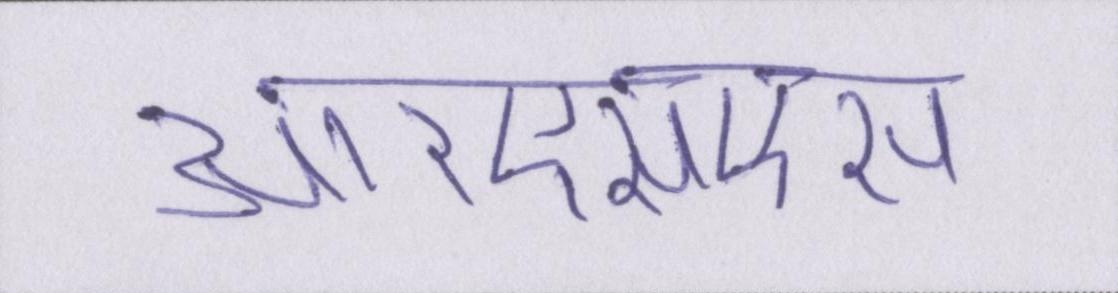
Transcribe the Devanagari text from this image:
आरएसएस